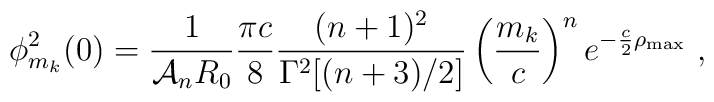
\phi_{m_k}^2(0) = \frac{1}{{\cal A}_n R_0} \frac{\pi c}{8}     \frac{(n+1)^2}{\Gamma^2[(n+3)/2]} \left(\frac{m_k}{c}\right)^n      e^{-\frac{c}{2} \rho_{\rm max}}~,